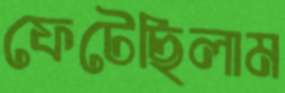
ফেটেছিলাম